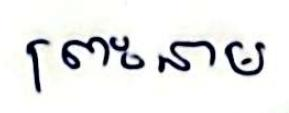
ព្រះនាម